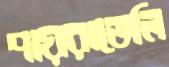
পায়রাতেলি